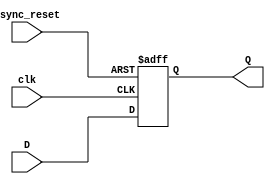
/* Module Properties:
 @author Stylianos Tsarsitalidis
 - Uses 3 D-flip-flops.
 - Each D Flip Flop can be reset asynchronously.
 - All sequential modules have non-blocking assignment (Verilog)!
 - A simple register module.
 */

// Positive edge D flip flop with Asynchronous Reset @High
module D_FlipFlop(input D, // Data input
		  input      clk, // clock input
		  input      async_reset, // asynchronous reset @High
		  output reg Q // Q output
		  );

    always @(posedge clk or posedge async_reset)
      begin
	  if(async_reset==1'b1)
	    Q <= 1'b0;
	  else
	    Q <= D;
      end
endmodule

// The three bit register.
module three_bit_reg( input clk,
		      input 	   reset,
		      input [2:0]  in,
		      output [2:0] out
		      );

	wire [2:0]  _in;

    D_FlipFlop DFF0(in[0], clk, reset, out[0]);
    D_FlipFlop DFF1(in[1], clk, reset, out[1]);
    D_FlipFlop DFF2(in[2], clk, reset, out[2]);

endmodule //three_bit_reg